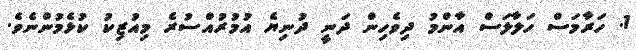
1. ހަރާމަސް ހަލާލަސް އާންމު ދިވެހިން ދަނީ ދުނިޔެ އުމުރުއްސުރެ މިއުޒިކު ކުޅެމުންނެވެ.